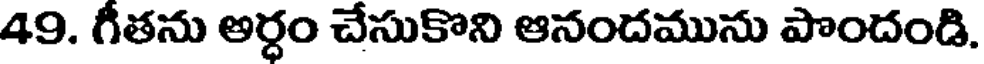
49. గీతను అర్ధం చేసుకొని ఆనందమును పొందండి.